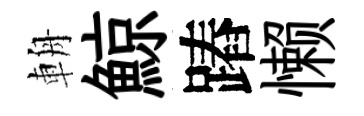
輈鯨蹖懒